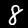
Label: 8